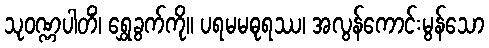
သုဝဏ္ဏပါတိံ၊ ရွှေခွက်ကို။ ပရမမဓုရဿ၊ အလွန်ကောင်းမွန်သော